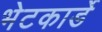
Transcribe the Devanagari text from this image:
भेटकार्डे